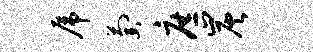
虎萄庶炭